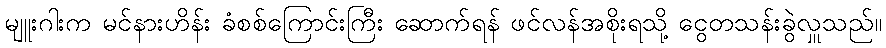
မျူးဂါးက မင်နားဟိန်း ခံစစ်ကြောင်းကြီး ဆောက်ရန် ဖင်လန်အစိုးရသို့ ငွေတသန်းခွဲလှူသည်။